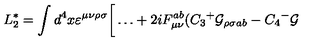
L _ { 2 } ^ { * } = \int d ^ { 4 } x \varepsilon ^ { \mu \nu \rho \sigma } \bigg [ \dots + 2 i F _ { \mu \nu } ^ { a b } ( C _ { 3 } { ^ + } { \cal G } _ { \rho \sigma a b } - C _ { 4 } { ^ - } { \cal G }